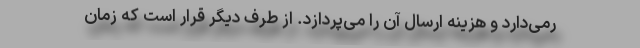
رمی‌دارد و هزینه ارسال آن را می‌پردازد. از طرف دیگر قرار است که زمان